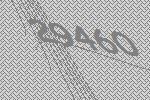
29460